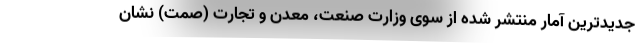
جدیدترین آمار منتشر شده از سوی وزارت صنعت، معدن و تجارت (صمت) نشان